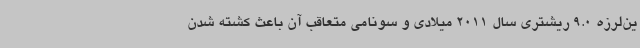
ین‌لرزه 9.0 ریشتری سال 2011 میلادی و سونامی متعاقب آن باعث کشته شدن